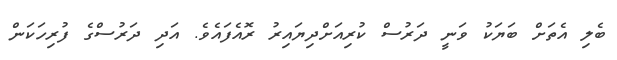
ބެލި އެތަށް ބަޔަކު ވަނީ ދަރުސް ކުރިއަށްދިޔައިރު ރޮއެފައެވެ. އަދި ދަރުސްގެ ފުރިހަކަން